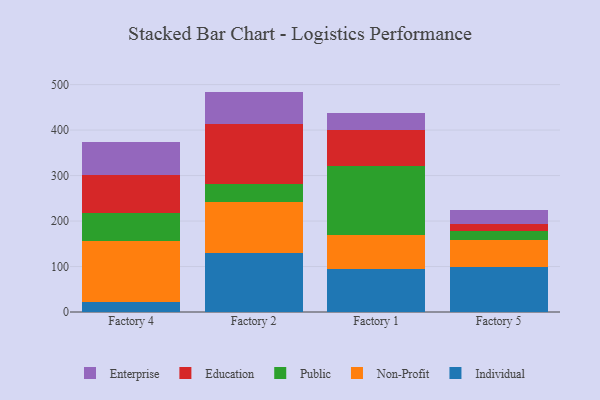
{"axis": {"x": "Factory", "y": "Demand Index"}, "legend": ["Education", "Enterprise", "Individual", "Non-Profit", "Public"], "data": [{"x": "Factory 4", "y": 21.0, "type": "Individual"}, {"x": "Factory 4", "y": 134.4, "type": "Non-Profit"}, {"x": "Factory 4", "y": 62.9, "type": "Public"}, {"x": "Factory 4", "y": 82.2, "type": "Education"}, {"x": "Factory 4", "y": 73.4, "type": "Enterprise"}, {"x": "Factory 2", "y": 128.7, "type": "Individual"}, {"x": "Factory 2", "y": 112.5, "type": "Non-Profit"}, {"x": "Factory 2", "y": 40.2, "type": "Public"}, {"x": "Factory 2", "y": 131.5, "type": "Education"}, {"x": "Factory 2", "y": 71.7, "type": "Enterprise"}, {"x": "Factory 1", "y": 94.6, "type": "Individual"}, {"x": "Factory 1", "y": 75.8, "type": "Non-Profit"}, {"x": "Factory 1", "y": 150.3, "type": "Public"}, {"x": "Factory 1", "y": 79.7, "type": "Education"}, {"x": "Factory 1", "y": 38.1, "type": "Enterprise"}, {"x": "Factory 5", "y": 99.6, "type": "Individual"}, {"x": "Factory 5", "y": 59.0, "type": "Non-Profit"}, {"x": "Factory 5", "y": 20.6, "type": "Public"}, {"x": "Factory 5", "y": 15.2, "type": "Education"}, {"x": "Factory 5", "y": 30.6, "type": "Enterprise"}]}